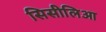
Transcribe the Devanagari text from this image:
सिसीलिआ